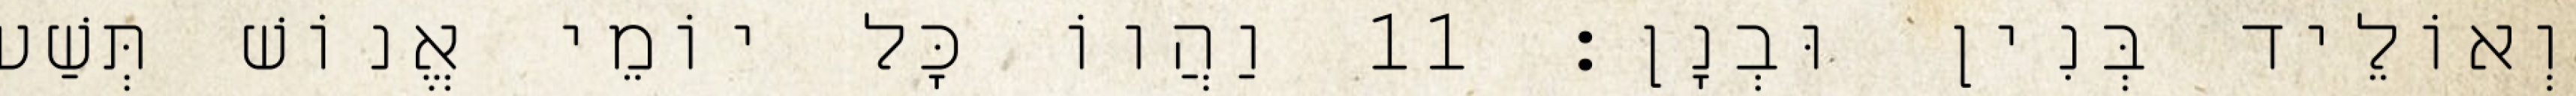
וְאוֹלֵיד בְּנִין וּבְנָן׃ 11 וַהֲווֹ כָּל יוֹמֵי אֱנוֹשׁ תְּשַׁע